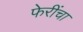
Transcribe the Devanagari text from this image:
फेरींचा